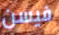
فيسن